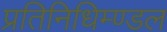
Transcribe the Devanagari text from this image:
प्रतिनिधिम्ण्डल